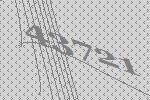
43721